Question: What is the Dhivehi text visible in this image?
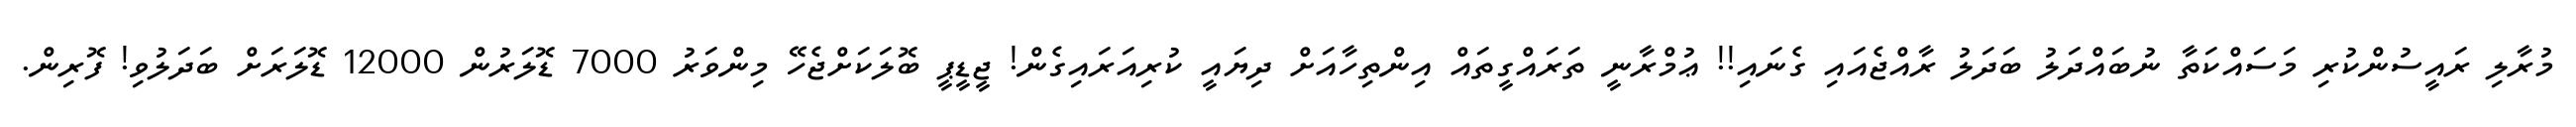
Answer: މުރާލި ރައީސުންކުރި މަސައްކަތާ ނުބައްދަލު ބަދަލު ރާއްޖެއައި ގެނައި!! ޢުމްރާނީ ތަރައްގީތައް އިންތިހާއަށް ދިޔައީ ކުރިއަރައިގެން! ޖީޑީޕީ ބޮލަކަށްޖެހޭ މިންވަރު 7000 ޑޮލަރުން 12000 ޑޮލަރަށް ބަދަލުވި! ފޮރިން.